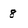
Character: 8